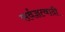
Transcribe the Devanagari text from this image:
सर्वज्ञत्वादी